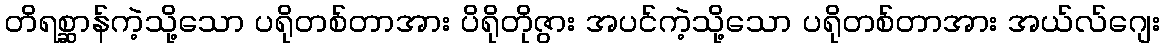
တိရစ္ဆာန်ကဲ့သို့သော ပရိုတစ်တာအား ပိရိုတိုဇွား အပင်ကဲ့သို့သော ပရိုတစ်တာအား အယ်လ်ဂျေး